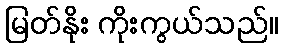
မြတ်နိုး ကိုးကွယ်သည်။